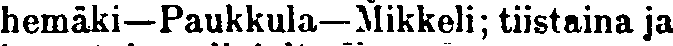
hemäki—Paukkula—Mikkeli; tiistaina ja